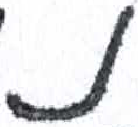
אות: נ